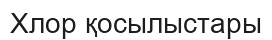
Хлор қосылыстары